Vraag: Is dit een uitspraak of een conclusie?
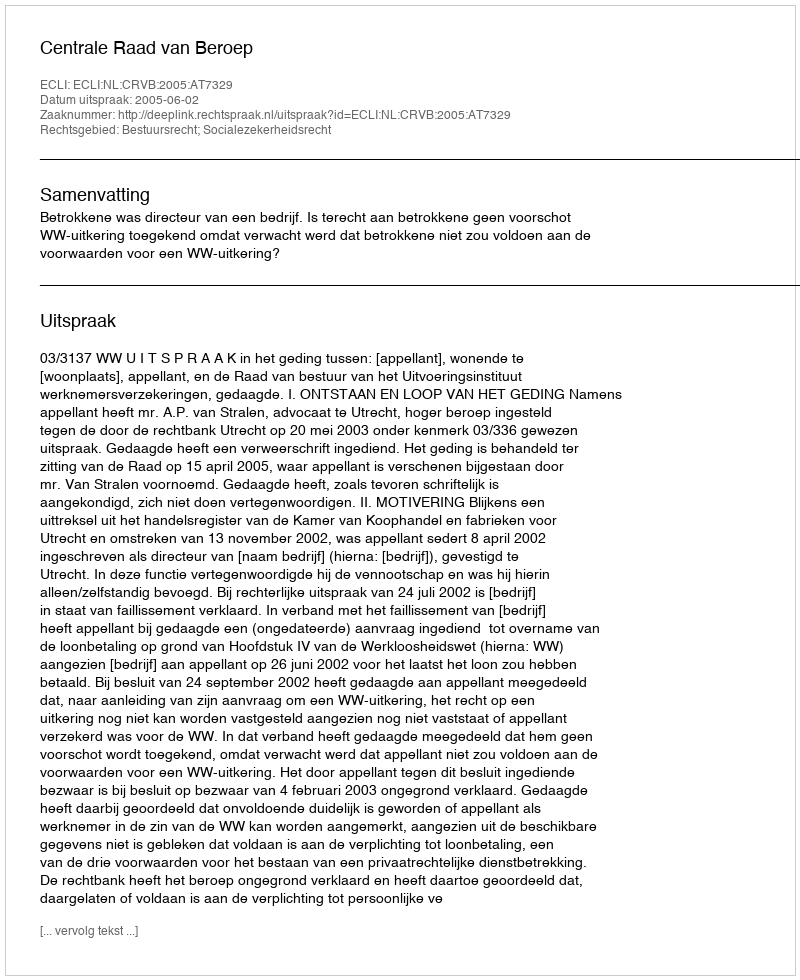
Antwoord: Uitspraak